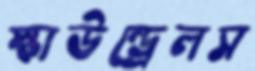
স্কাউন্ড্রেলস